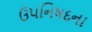
ઉપનિષદના